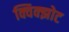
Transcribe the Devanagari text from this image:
क्विक्झोट